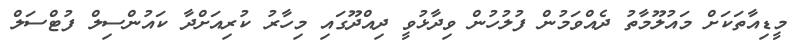
މީޑިއާތަކަށް މައުލޫމާތު ދެއްވަމުން ފުލުހުން ވިދާޅުވީ ދިއްދޫގައި މިހާރު ކުރިއަށްދާ ކައުންސިލް ފުޓްސަލް